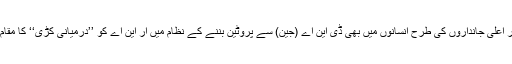
ماہرین کو آر این اے وائرسوں پر اس لیے بھی شبہ تھا کیونکہ دیگر اعلی جانداروں کی طرح انسانوں میں بھی ڈی این اے (جین) سے پروٹین بننے کے نظام میں آر این اے کو ’’درمیانی کڑی‘‘ کا مقام حاصل ہوتا ہے، جس کے بغیر پروٹین سازی کا عمل ناممکن ہے۔